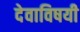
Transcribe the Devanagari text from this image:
देवाविषयी